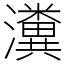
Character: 瀵